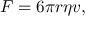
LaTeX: F = 6 \pi r \eta v ,